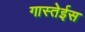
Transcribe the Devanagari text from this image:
गास्तेईस